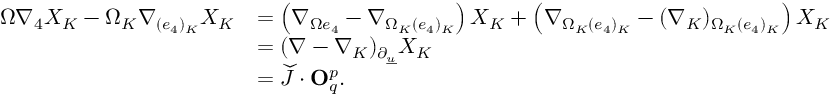
\begin{array} { r l } { \Omega \nabla _ { 4 } X _ { K } - \Omega _ { K } \nabla _ { ( e _ { 4 } ) _ { K } } X _ { K } } & { = \left( \nabla _ { \Omega e _ { 4 } } - \nabla _ { \Omega _ { K } ( e _ { 4 } ) _ { K } } \right) X _ { K } + \left( \nabla _ { \Omega _ { K } ( e _ { 4 } ) _ { K } } - ( \nabla _ { K } ) _ { \Omega _ { K } ( e _ { 4 } ) _ { K } } \right) X _ { K } } \\ & { = ( \nabla - \nabla _ { K } ) _ { { \partial } _ { \underline { { u } } } } X _ { K } } \\ & { = \widecheck { J } \cdot { \bf O } _ { q } ^ { p } . } \end{array}